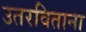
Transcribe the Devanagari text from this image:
उतरविताना